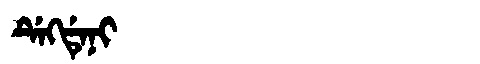
Manchu: ᡩᡝᡴᡩᡝᠨᡳ
Romanization: DEKDENI